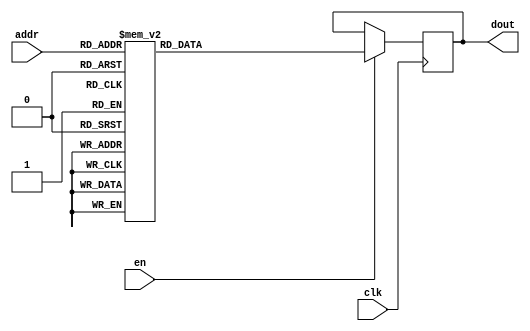
`timescale 1ns / 1ps
/*
Copyright
All right reserved.
Module Name: rom_syn
Author  : Zichuan Liu, Yixing Li and Wenye Liu.
Description:
A synthesized ROM: ROM_DEP x ROM_WID
*/
module DC_8_REF_ROM_1(
// inputs
clk,
en,
addr,
// outputs
dout
);
localparam ROM_WID = 14;
localparam ROM_DEP = 32;
localparam ROM_ADDR = 5;
// input definition
input clk;
input en;
input [ROM_ADDR-1:0] addr;
// output definition
output [ROM_WID-1:0] dout;
reg [ROM_WID-1:0] data;
always @(posedge clk)
begin
if (en) begin
case(addr)
		5'd0: data <= 14'b01000001010011;
		5'd1: data <= 14'b01000110000110;
		5'd2: data <= 14'b01000101100110;
		5'd3: data <= 14'b01000110110001;
		5'd4: data <= 14'b01000101110100;
		5'd5: data <= 14'b01001001010101;
		5'd6: data <= 14'b01000011110111;
		5'd7: data <= 14'b01000100001111;
		5'd8: data <= 14'b00111111101100;
		5'd9: data <= 14'b01000110001000;
		5'd10: data <= 14'b01001010100110;
		5'd11: data <= 14'b01001010001010;
		5'd12: data <= 14'b00111110010010;
		5'd13: data <= 14'b00111111000011;
		5'd14: data <= 14'b01000101010111;
		5'd15: data <= 14'b01001011001000;
		5'd16: data <= 14'b01000110001101;
		5'd17: data <= 14'b01000011000111;
		5'd18: data <= 14'b01000111111010;
		5'd19: data <= 14'b01001000101000;
		5'd20: data <= 14'b01000111111010;
		5'd21: data <= 14'b01001000000101;
		5'd22: data <= 14'b01000101010010;
		5'd23: data <= 14'b01000001111100;
		5'd24: data <= 14'b01001001101010;
		5'd25: data <= 14'b00111111111101;
		5'd26: data <= 14'b01000110110010;
		5'd27: data <= 14'b01001001111100;
		5'd28: data <= 14'b01001001000110;
		5'd29: data <= 14'b01000100011001;
		5'd30: data <= 14'b01000110000110;
		5'd31: data <= 14'b01001010000111;
		endcase
		end
	end
	assign dout = data;
endmodule